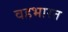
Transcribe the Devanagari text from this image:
वहभारत